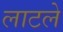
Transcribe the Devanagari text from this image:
लाटले